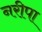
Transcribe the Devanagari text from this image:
नरीपा